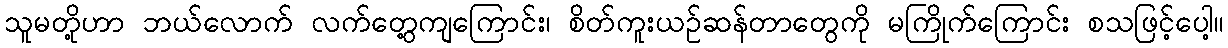
သူမတို့ဟာ ဘယ်လောက် လက်တွေ့ကျကြောင်း၊ စိတ်ကူးယဉ်ဆန်တာတွေကို မကြိုက်ကြောင်း စသဖြင့်ပေါ့။